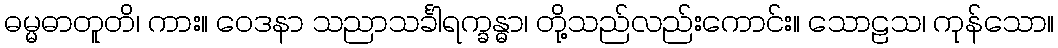
ဓမ္မဓာတူတိ၊ ကား။ ဝေဒနာ သညာသင်္ခါရက္ခန္ဓာ၊ တို့သည်လည်းကောင်း။ သောဠသ၊ ကုန်သော။